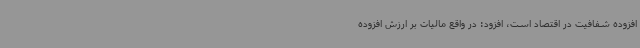
افزوده شفافیت در اقتصاد است، افزود: در واقع مالیات بر ارزش افزوده